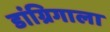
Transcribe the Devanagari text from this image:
डांग्रिगाला